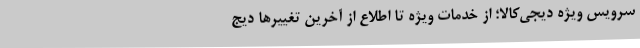
سرویس ویژه دیجی‌کالا؛ از خدمات ویژه تا اطلاع از آخرین تغییرها دیج